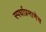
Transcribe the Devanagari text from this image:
स्पर्धाप्रमाणेच